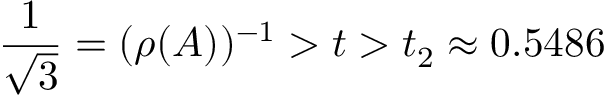
\frac 1 { \sqrt { 3 } } = ( \rho ( A ) ) ^ { - 1 } > t > t _ { 2 } \approx 0 . 5 4 8 6